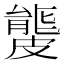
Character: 𥀡